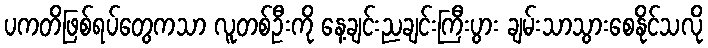
ပကတိဖြစ်ရပ်တွေကသာ လူတစ်ဦးကို နေ့ချင်းညချင်းကြီးပွား ချမ်းသာသွားစေနိုင်သလို